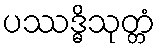
ပဿဒ္ဓိသုတ္တံ